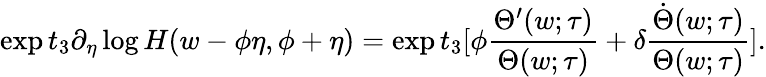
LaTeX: \exp t_{3}\partial_{\eta}\log H(w-\phi\eta,\phi+\eta)=\exp t_{3}[\phi\frac{\Theta^{\prime}(w;\tau)}{\Theta(w;\tau)}+\delta\frac{\dot{\Theta}(w;\tau)}{\Theta(w;\tau)}].